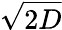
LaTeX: \sqrt{2D}